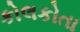
કોલકોતા